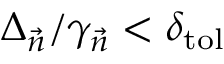
\Delta _ { \vec { n } } / \gamma _ { \vec { n } } < \delta _ { \mathrm { t o l } }